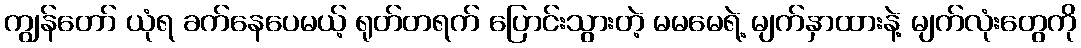
ကျွန်တော် ယုံရ ခက်နေပေမယ့် ရုတ်တရက် ပြောင်းသွားတဲ့ မမမေရဲ့ မျက်နှာထားနဲ့ မျက်လုံးတွေကို